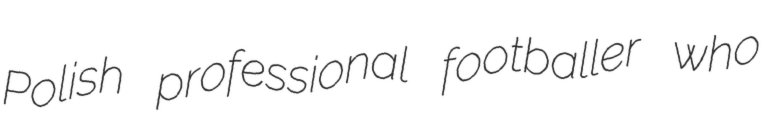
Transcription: Polish professional footballer who